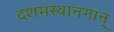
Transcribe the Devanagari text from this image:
दशमस्थानगान्